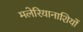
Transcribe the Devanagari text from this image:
मलेरियानाशियों